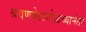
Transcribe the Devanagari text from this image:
श्रवणबेळगोळच्यानंतर